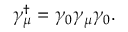
\gamma _ { \mu } ^ { \dagger } = \gamma _ { 0 } \gamma _ { \mu } \gamma _ { 0 } .